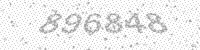
Solution: 896848